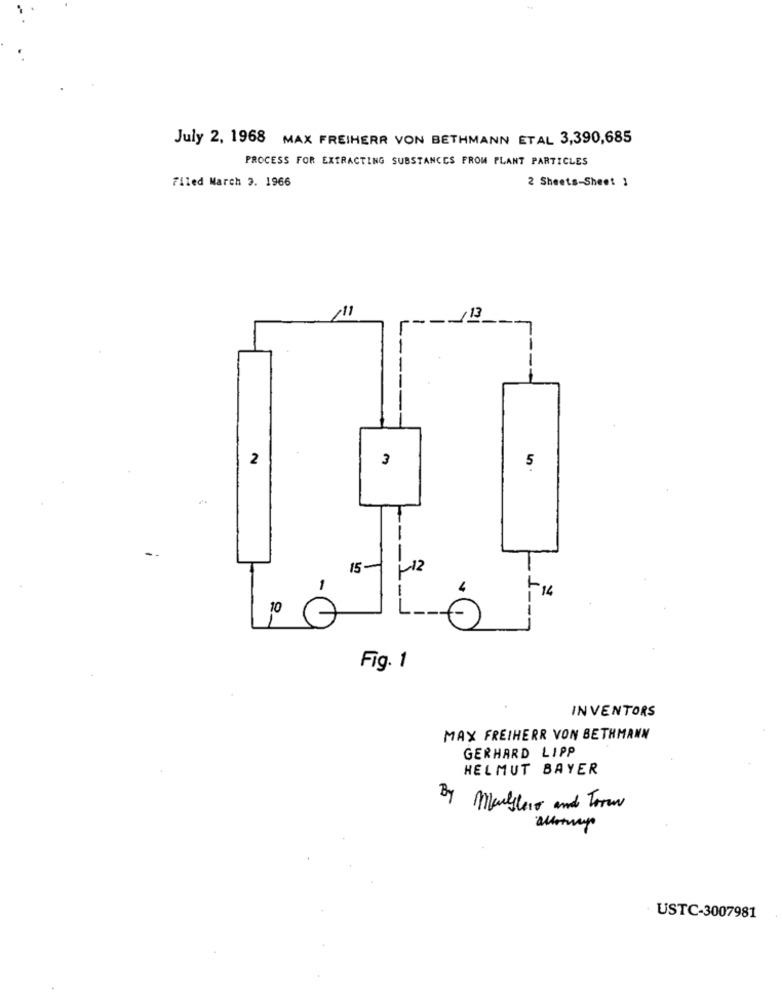
July 2, 1968 MAX FREIHERR VON BETHMANN ETAL 3,390,685
PROCESS FOR EXTRACTING SUBSTANCES FROM PLANT PARTICLES
Filed March 3. 1966
2 Sheets-Sheet 1
2
3
5
15-1
-12
-
14
10
Fig. 1
INVENTORS
MAX FREIHERR VON BETHMANN
GERHARD LIPP
HELMUT BAYER
By Manyleis and Toro
USTC-3007981